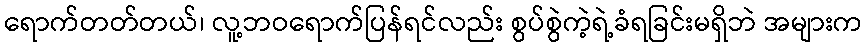
ရောက်တတ်တယ်၊ လူ့ဘဝရောက်ပြန်ရင်လည်း စွပ်စွဲကဲ့ရဲ့ခံရခြင်းမရှိဘဲ အများက